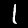
Digit: 1